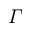
\varGamma